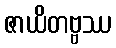
ဇာယိတဗ္ဗဿ